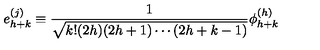
e _ { h + k } ^ { ( j ) } \equiv { \frac { 1 } { \sqrt { k ! ( 2 h ) ( 2 h + 1 ) \cdots ( 2 h + k - 1 ) } } } \phi _ { h + k } ^ { ( h ) }